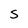
Character: s